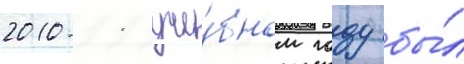
2010-11 уче́бном году бы́л